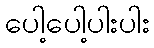
ပေါ့ပေါ့ပါးပါး